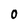
Character: 0